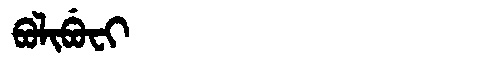
Manchu: ᠪᠣᠯᡳᠪᡠᠸᡳ
Romanization: BOLIBUFI